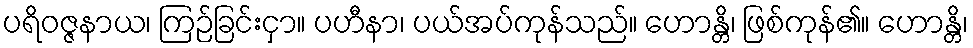
ပရိဝဇ္ဇနာယ၊ ကြဉ်ခြင်းငှာ။ ပဟီနာ၊ ပယ်အပ်ကုန်သည်။ ဟောန္တိ၊ ဖြစ်ကုန်၏။ ဟောန္တိ၊